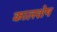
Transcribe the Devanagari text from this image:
कालशेष